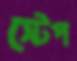
স্টেপ